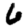
Digit: 6